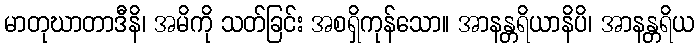
မာတုဃာတာဒီနိ၊ အမိကို သတ်ခြင်း အစရှိကုန်သော။ အာနန္တရိယာနိပိ၊ အာနန္တရိယ